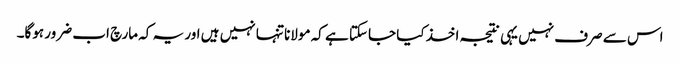
اس سے صرف نہیں یہی نتیجہ اخذ کیا جاسکتا ہے کہ مولانا تنہا نہیں ہیں اور یہ کہ مارچ اب ضرور ہوگا۔